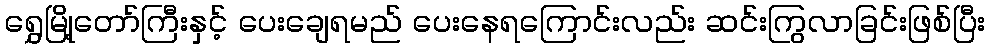
ရွှေမြို့တော်ကြီးနှင့် ပေးချေရမည် ပေးနေရကြောင်းလည်း ဆင်းကြွလာခြင်းဖြစ်ပြီး